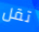
تقل